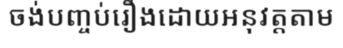
ចង់បញ្ចប់រឿងដោយអនុវត្តតាម